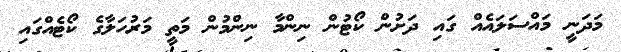
މަދަނީ މައްސަލައެއް ގައި ދަށުން ކޯޓުން ނިންމާ ނިންމުން މަތީ މަރުހަލާގެ ކޯޓެއްގައި